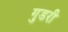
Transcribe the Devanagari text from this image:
गुडरी